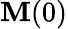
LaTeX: \mathbf{M}(0)